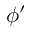
\phi ^ { \prime }